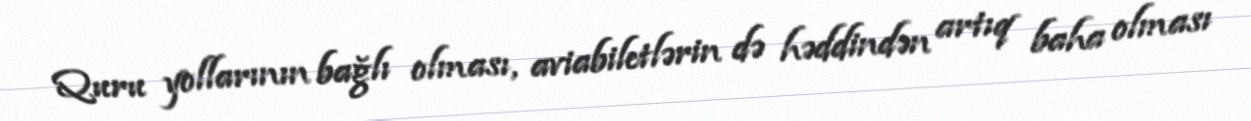
Quru yollarının bağlı olması, aviabiletlərin də həddindən artıq baha olması